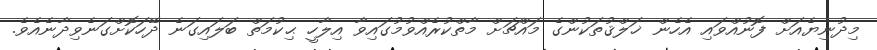
މިދުނިޔެއަށް ފޮނުއްވައި އެހެން ޚަލްޤުތަކުންގެ މައްޗަށް މާތްކުރެއްވުމުގައިވާ އިލާހީ ޙިކުމަތް ބަލައިގަނެ ދޭހަކޮށްގަނެވިދާނެއެވެ.